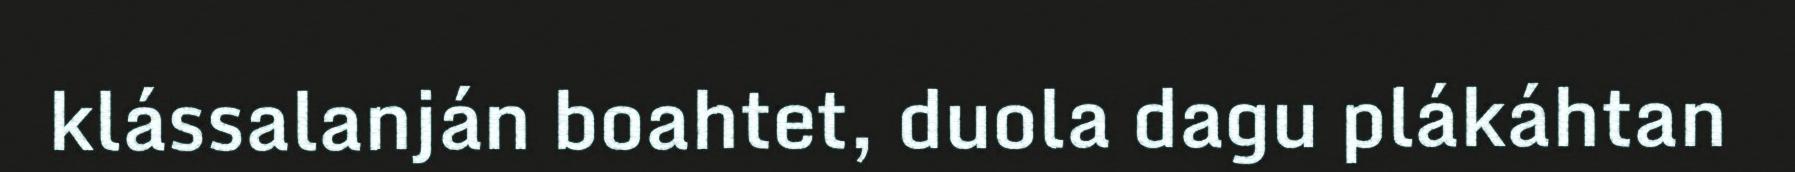
klássalanján boahtet, duola dagu plákáhtan